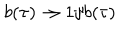
LaTeX: b ( \tau ) \rightarrow 1 / b ( \tau )